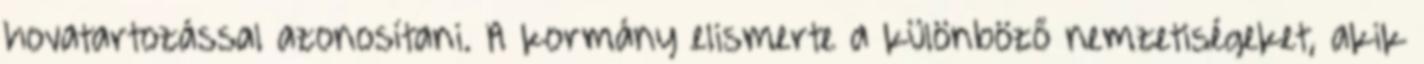
hovatartozással azonosítani. A kormány elismerte a különböző nemzetiségeket, akik